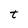
Character: t